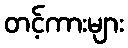
တင့်ကားများ